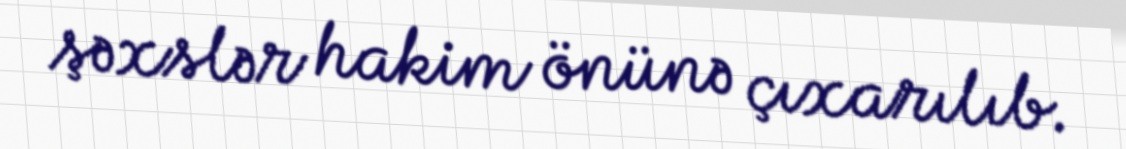
şəxslər hakim önünə çıxarılıb.